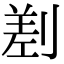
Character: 𠞊